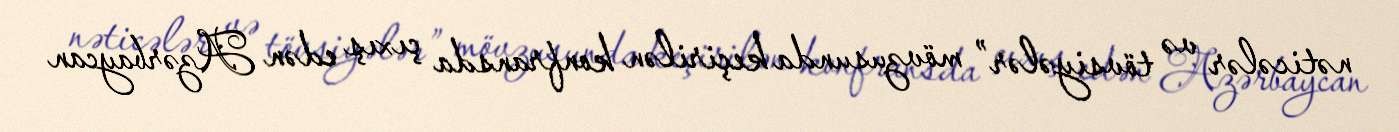
nəticələr və tövsiyələr” mövzusunda keçirilən konfransda çıxış edən Azərbaycan